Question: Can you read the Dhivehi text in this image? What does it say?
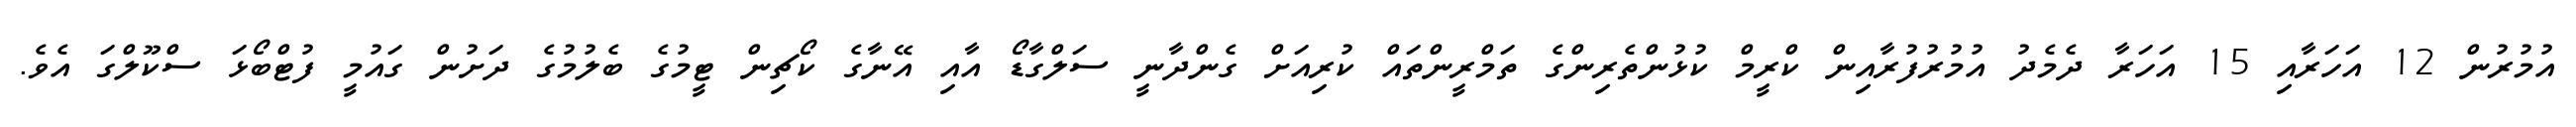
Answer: އުމުރުން 12 އަހަރާއި 15 އަހަރާ ދެމެދު އުމުރުފުރާއިން ކްރީމް ކުޅުންތެރިންގެ ތަމްރީންތައް ކުރިއަށް ގެންދާނީ ސަލްގާޑޯ އާއި އޭނާގެ ކޯޗިން ޓީމުގެ ބެލުމުގެ ދަށުން ގައުމީ ފުޓްބޯޅަ ސްކޫލްގަ އެވެ.